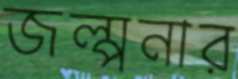
জল্পনার